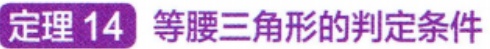
定理 14 等腰三角形的判定条件